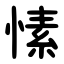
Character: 愫